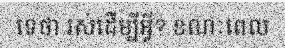
ទេថា រស់ដើម្បីអ្វី? ខណៈពេល